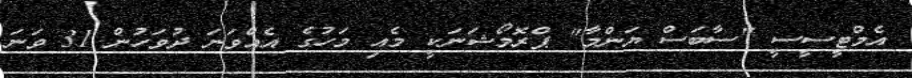
އެމްޓީސީސީ "ސާބަސް ޔަންމާ" ޕްރޮމޯޝަނަކީ މެއި މަހުގެ އެއްވަނަ ދުވަހުން 31 ވަނަ